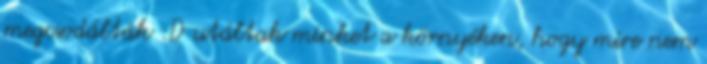
megcsodálták :D utáltak minket a környéken, hogy mire nem